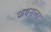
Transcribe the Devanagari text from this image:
फयसला